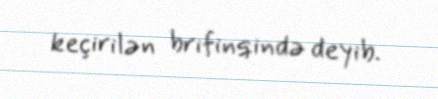
keçirilən brifinqində deyib.